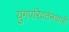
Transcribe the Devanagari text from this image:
युगपरिवर्तनकारी